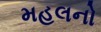
મહલનો